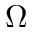
\Omega